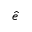
\hat { e }